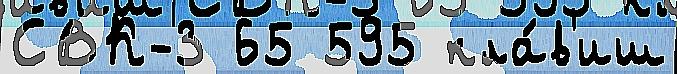
СВК-3 65 595 кла́в'иш